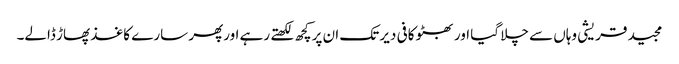
مجید قریشی وہاں سے چلا گیا اور بھٹو کافی دیر تک ان پرکچھ لکھتے رہے اورپھر سارے کاغذ پھاڑ ڈالے۔